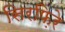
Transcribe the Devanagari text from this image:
सिरफ़िरे